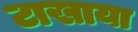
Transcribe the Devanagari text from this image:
टाखाया